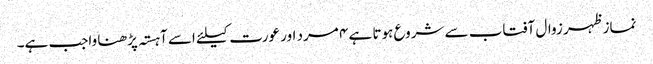
نماز ظہر زوال آفتاب سے شروع ہوتا ہے ۴ مرد اور عورت کیلئے اسے آہستہ پڑھنا واجب ہے۔